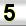
Digit: 5